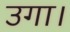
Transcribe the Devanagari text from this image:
उगा।